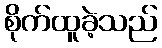
စိုက်ထူခဲ့သည်